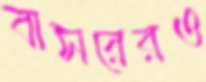
বাসরেরও